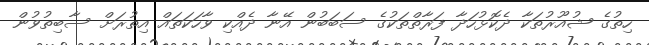
ހިތުގެ ޝުއޫރުތަކާ ދެކޮޅުހަދާ ފަރާތްތަކުގެ ސަބަބުން އޭނާ ދެއްކި ވާހަކަތައް އިތުރަށް ސާބިތުވުން